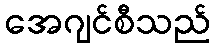
အေဂျင်စီသည်